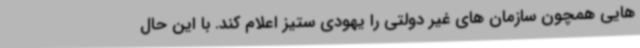
هایی همچون سازمان های غیر دولتی را یهودی ستیز اعلام کند. با این حال